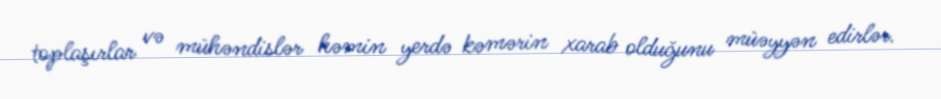
toplaşırlar və mühəndislər həmin yerdə kəmərin xarab olduğunu müəyyən edirlər.